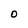
Character: O